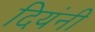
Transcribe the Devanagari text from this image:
दियंनी